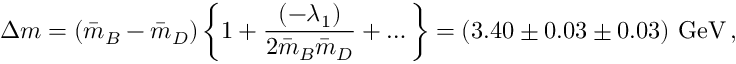
\Delta m = ( \bar { m } _ { B } - \bar { m } _ { D } ) \, \bigg \{ 1 + { \frac { ( - \lambda _ { 1 } ) } { 2 \bar { m } _ { B } \bar { m } _ { D } } } + \dots \bigg \} = ( 3 . 4 0 \pm 0 . 0 3 \pm 0 . 0 3 ) ~ \mathrm { G e V } \, ,